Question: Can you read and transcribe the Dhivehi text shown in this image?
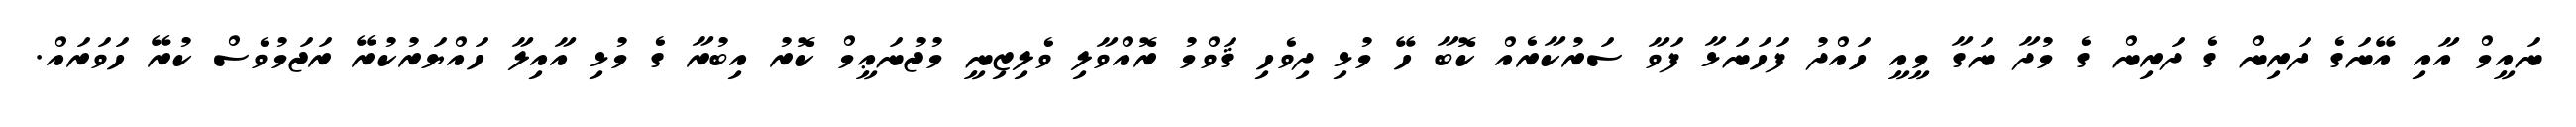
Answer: ނައީމް އާއި އޭނަގެ ދަރިން ގެ ދަރިން ގެ މުދާ ނަގާ މީއީ ހައްދު ފަހަނަޅާ ފަވާ ސަރުކާރެއް ކޮބާ ހޭ މުޅި ދިވެހި ޤަވްމު ރޮއްވާލި ވެލިޒިނީ މުޖުނަޢީމް ކޮރު އިބުރާ ގެ މުޅި އާއިލާ ހައްޔަރުކުރޭ ރަޖަމުވެސް ކުރޭ ހަވަރައް.